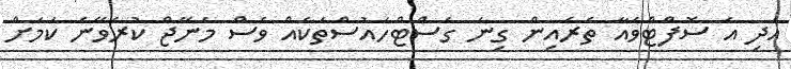
އަދި އެ ސޮފްޓްވެއާ ތެރެއިން ގިނަ ގެސްޓްހައުސްތަކެއް ވެސް މެނޭޖް ކުރެވޭނެ ކަމަށް